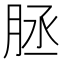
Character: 𦚦